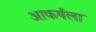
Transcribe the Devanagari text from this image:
आकर्षला